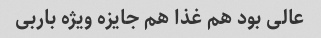
عالی بود هم غذا هم جایزه ویژه باربی